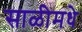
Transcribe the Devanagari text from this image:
साळीमधे